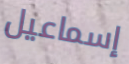
إسماعيل